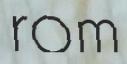
rom